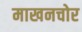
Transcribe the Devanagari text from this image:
माखनचोर